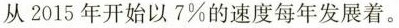
从2015年开始以7%的速度每年发展着。